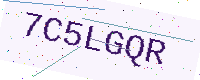
Text: 7C5LGQR